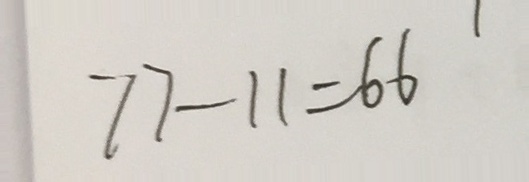
7 7 - 1 1 = 6 6